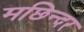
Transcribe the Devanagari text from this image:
मछिन्दर